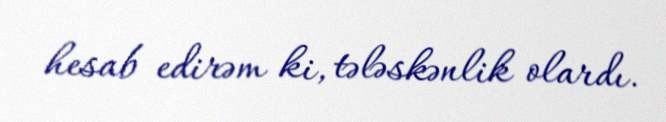
hesab edirəm ki, tələskənlik olardı.